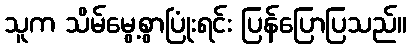
သူက သိမ်မွေ့စွာပြုံးရင်း ပြန်ပြောပြသည်။